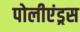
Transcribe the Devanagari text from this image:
पोलीएंड्रस